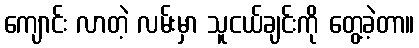
ကျောင်း လာတဲ့ လမ်းမှာ သူငယ်ချင်းကို တွေ့ခဲ့တာ။